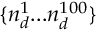
\{ n _ { d } ^ { 1 } . . . n _ { d } ^ { 1 0 0 } \}